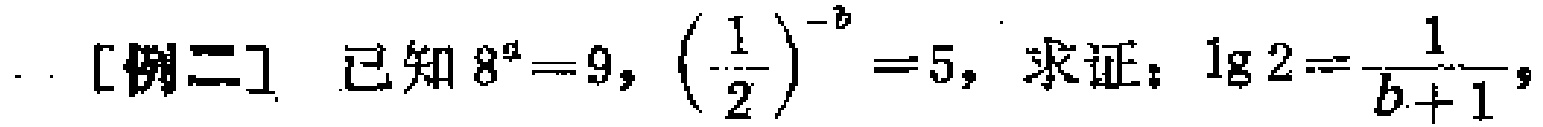
[例二] 已知\(8^{a}=9\)，\((\frac{1}{2})^{-b}=5\)，求证：\(\lg 2 = \frac{1}{b + 1}\)